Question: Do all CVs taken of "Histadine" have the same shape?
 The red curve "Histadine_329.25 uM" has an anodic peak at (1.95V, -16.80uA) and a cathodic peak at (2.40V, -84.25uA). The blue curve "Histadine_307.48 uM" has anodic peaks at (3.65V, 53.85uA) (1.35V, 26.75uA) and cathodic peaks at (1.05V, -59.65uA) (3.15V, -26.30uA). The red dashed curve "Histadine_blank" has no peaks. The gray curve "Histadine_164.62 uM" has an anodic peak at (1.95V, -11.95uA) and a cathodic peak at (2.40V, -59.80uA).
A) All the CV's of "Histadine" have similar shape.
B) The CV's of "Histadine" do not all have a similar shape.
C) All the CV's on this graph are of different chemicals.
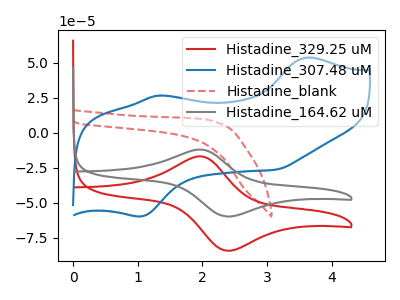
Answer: <think>"Histadine_329.25 uM" and "Histadine_307.48 uM" have a different number of peaks. "Histadine_329.25 uM" and "Histadine_blank" have a different number of peaks. All the peaks in "Histadine_329.25 uM" have a peak in "Histadine_164.62 uM" at the same potential. "Histadine_307.48 uM" and "Histadine_blank" have a different number of peaks. "Histadine_307.48 uM" and "Histadine_164.62 uM" have a different number of peaks. "Histadine_blank" and "Histadine_164.62 uM" have a different number of peaks.
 </think>
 <answer>A) All the CV's of "Histadine" have similar shape.</answer>
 <eval>A</eval>